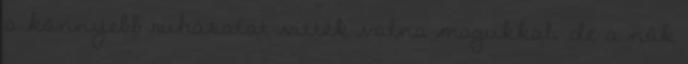
a könnyebb ruházatot vitték volna magukkal, de a nők